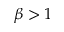
\beta > 1